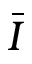
\bar { I }